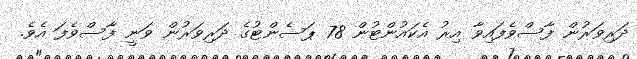
ދަރިވަރުން ފާސްވެފައިވާ އިރު އެކައުންޓުން 78 ޕަސެންޓުގެ ދަރިވަރުން ވަނީ ފާސްވެފަ އެވެ.